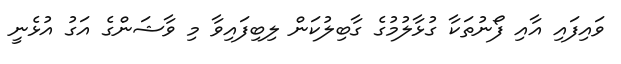
ވައިފައި އާއި ފޯނުތަކާ ގުޅާލުމުގެ ގާބިލުކަން ލިބިފައިވާ މި ވާޝަންގެ އަގު އުޅެނީ